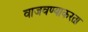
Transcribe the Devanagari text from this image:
वाजवण्याकरता